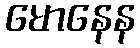
မောနေန